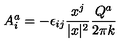
A _ { i } ^ { a } = - \epsilon _ { i j } \frac { x ^ { j } } { \vert x \vert ^ { 2 } } \frac { Q ^ { a } } { 2 \pi k }